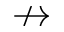
\nrightarrow